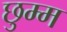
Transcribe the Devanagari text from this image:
छुम्म